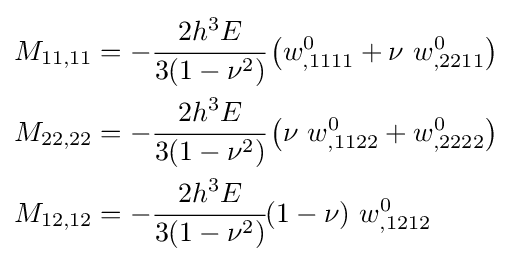
{\begin{aligned}M_{11,11}&=-{\cfrac {2h^{3}E}{3(1-\nu ^{2})}}\left(w_{,1111}^{0}+\nu ~w_{,2211}^{0}\right)\\M_{22,22}&=-{\cfrac {2h^{3}E}{3(1-\nu ^{2})}}\left(\nu ~w_{,1122}^{0}+w_{,2222}^{0}\right)\\M_{12,12}&=-{\cfrac {2h^{3}E}{3(1-\nu ^{2})}}(1-\nu )~w_{,1212}^{0}\end{aligned}}